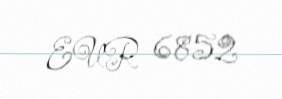
EUR 6852